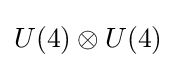
U(4)\otimes U(4)